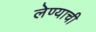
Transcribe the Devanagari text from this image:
लेण्याची